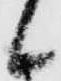
候